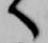
へ